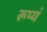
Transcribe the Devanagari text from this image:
रूप्यं